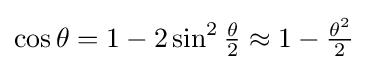
{\textstyle \cos \theta =1-2\sin ^{2}{\frac {\theta }{2}}\approx 1-{\frac {\theta ^{2}}{2}}}